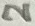
Text: 2